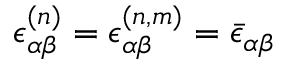
\epsilon _ { \alpha \beta } ^ { ( n ) } = \epsilon _ { \alpha \beta } ^ { ( n , m ) } = \bar { \epsilon } _ { \alpha \beta }